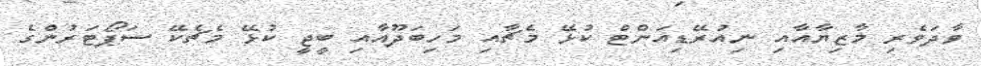
ވާދަވެރި މާޒިޔާއާއި ނިއުރޭޑިއަންޓް ކުޅޭ މެޗާއި މަހިބަދޫއާއި ބީޖީ ކުޅޭ މެޗެކޭ ސަޕޯޓަރުންގެ